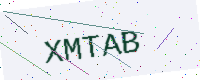
Text: XMTAB